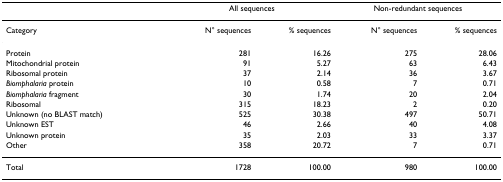
<table><thead><tr><td></td><td colspan="2"><b>All sequences</b></td><td colspan="2"><b>Non-redundant sequences</b></td></tr></thead><tbody><tr><td>Category</td><td>N° sequences</td><td>% sequences</td><td>N° sequences</td><td>% sequences</td></tr><tr><td>Protein</td><td>281</td><td>16.26</td><td>275</td><td>28.06</td></tr><tr><td>Mitochondrial protein</td><td>91</td><td>5.27</td><td>63</td><td>6.43</td></tr><tr><td>Ribosomal protein</td><td>37</td><td>2.14</td><td>36</td><td>3.67</td></tr><tr><td><i>Biomphalaria </i>protein</td><td>10</td><td>0.58</td><td>7</td><td>0.71</td></tr><tr><td><i>Biomphalaria </i>fragment</td><td>30</td><td>1.74</td><td>20</td><td>2.04</td></tr><tr><td>Ribosomal</td><td>315</td><td>18.23</td><td>2</td><td>0.20</td></tr><tr><td>Unknown (no BLAST match)</td><td>525</td><td>30.38</td><td>497</td><td>50.71</td></tr><tr><td>Unknown EST</td><td>46</td><td>2.66</td><td>40</td><td>4.08</td></tr><tr><td>Unknown protein</td><td>35</td><td>2.03</td><td>33</td><td>3.37</td></tr><tr><td>Other</td><td>358</td><td>20.72</td><td>7</td><td>0.71</td></tr><tr><td>Total</td><td>1728</td><td>100.00</td><td>980</td><td>100.00</td></tr></tbody></table>